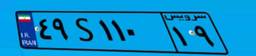
۹۵S۸۹۹۱۹